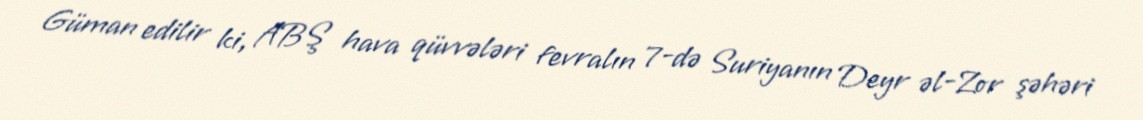
Güman edilir ki, ABŞ hava qüvvələri fevralın 7-də Suriyanın Deyr əl-Zor şəhəri